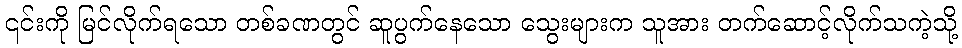
၎င်းကို မြင်လိုက်ရသော တစ်ခဏတွင် ဆူပွက်နေသော သွေးများက သူအား တက်ဆောင့်လိုက်သကဲ့သို့